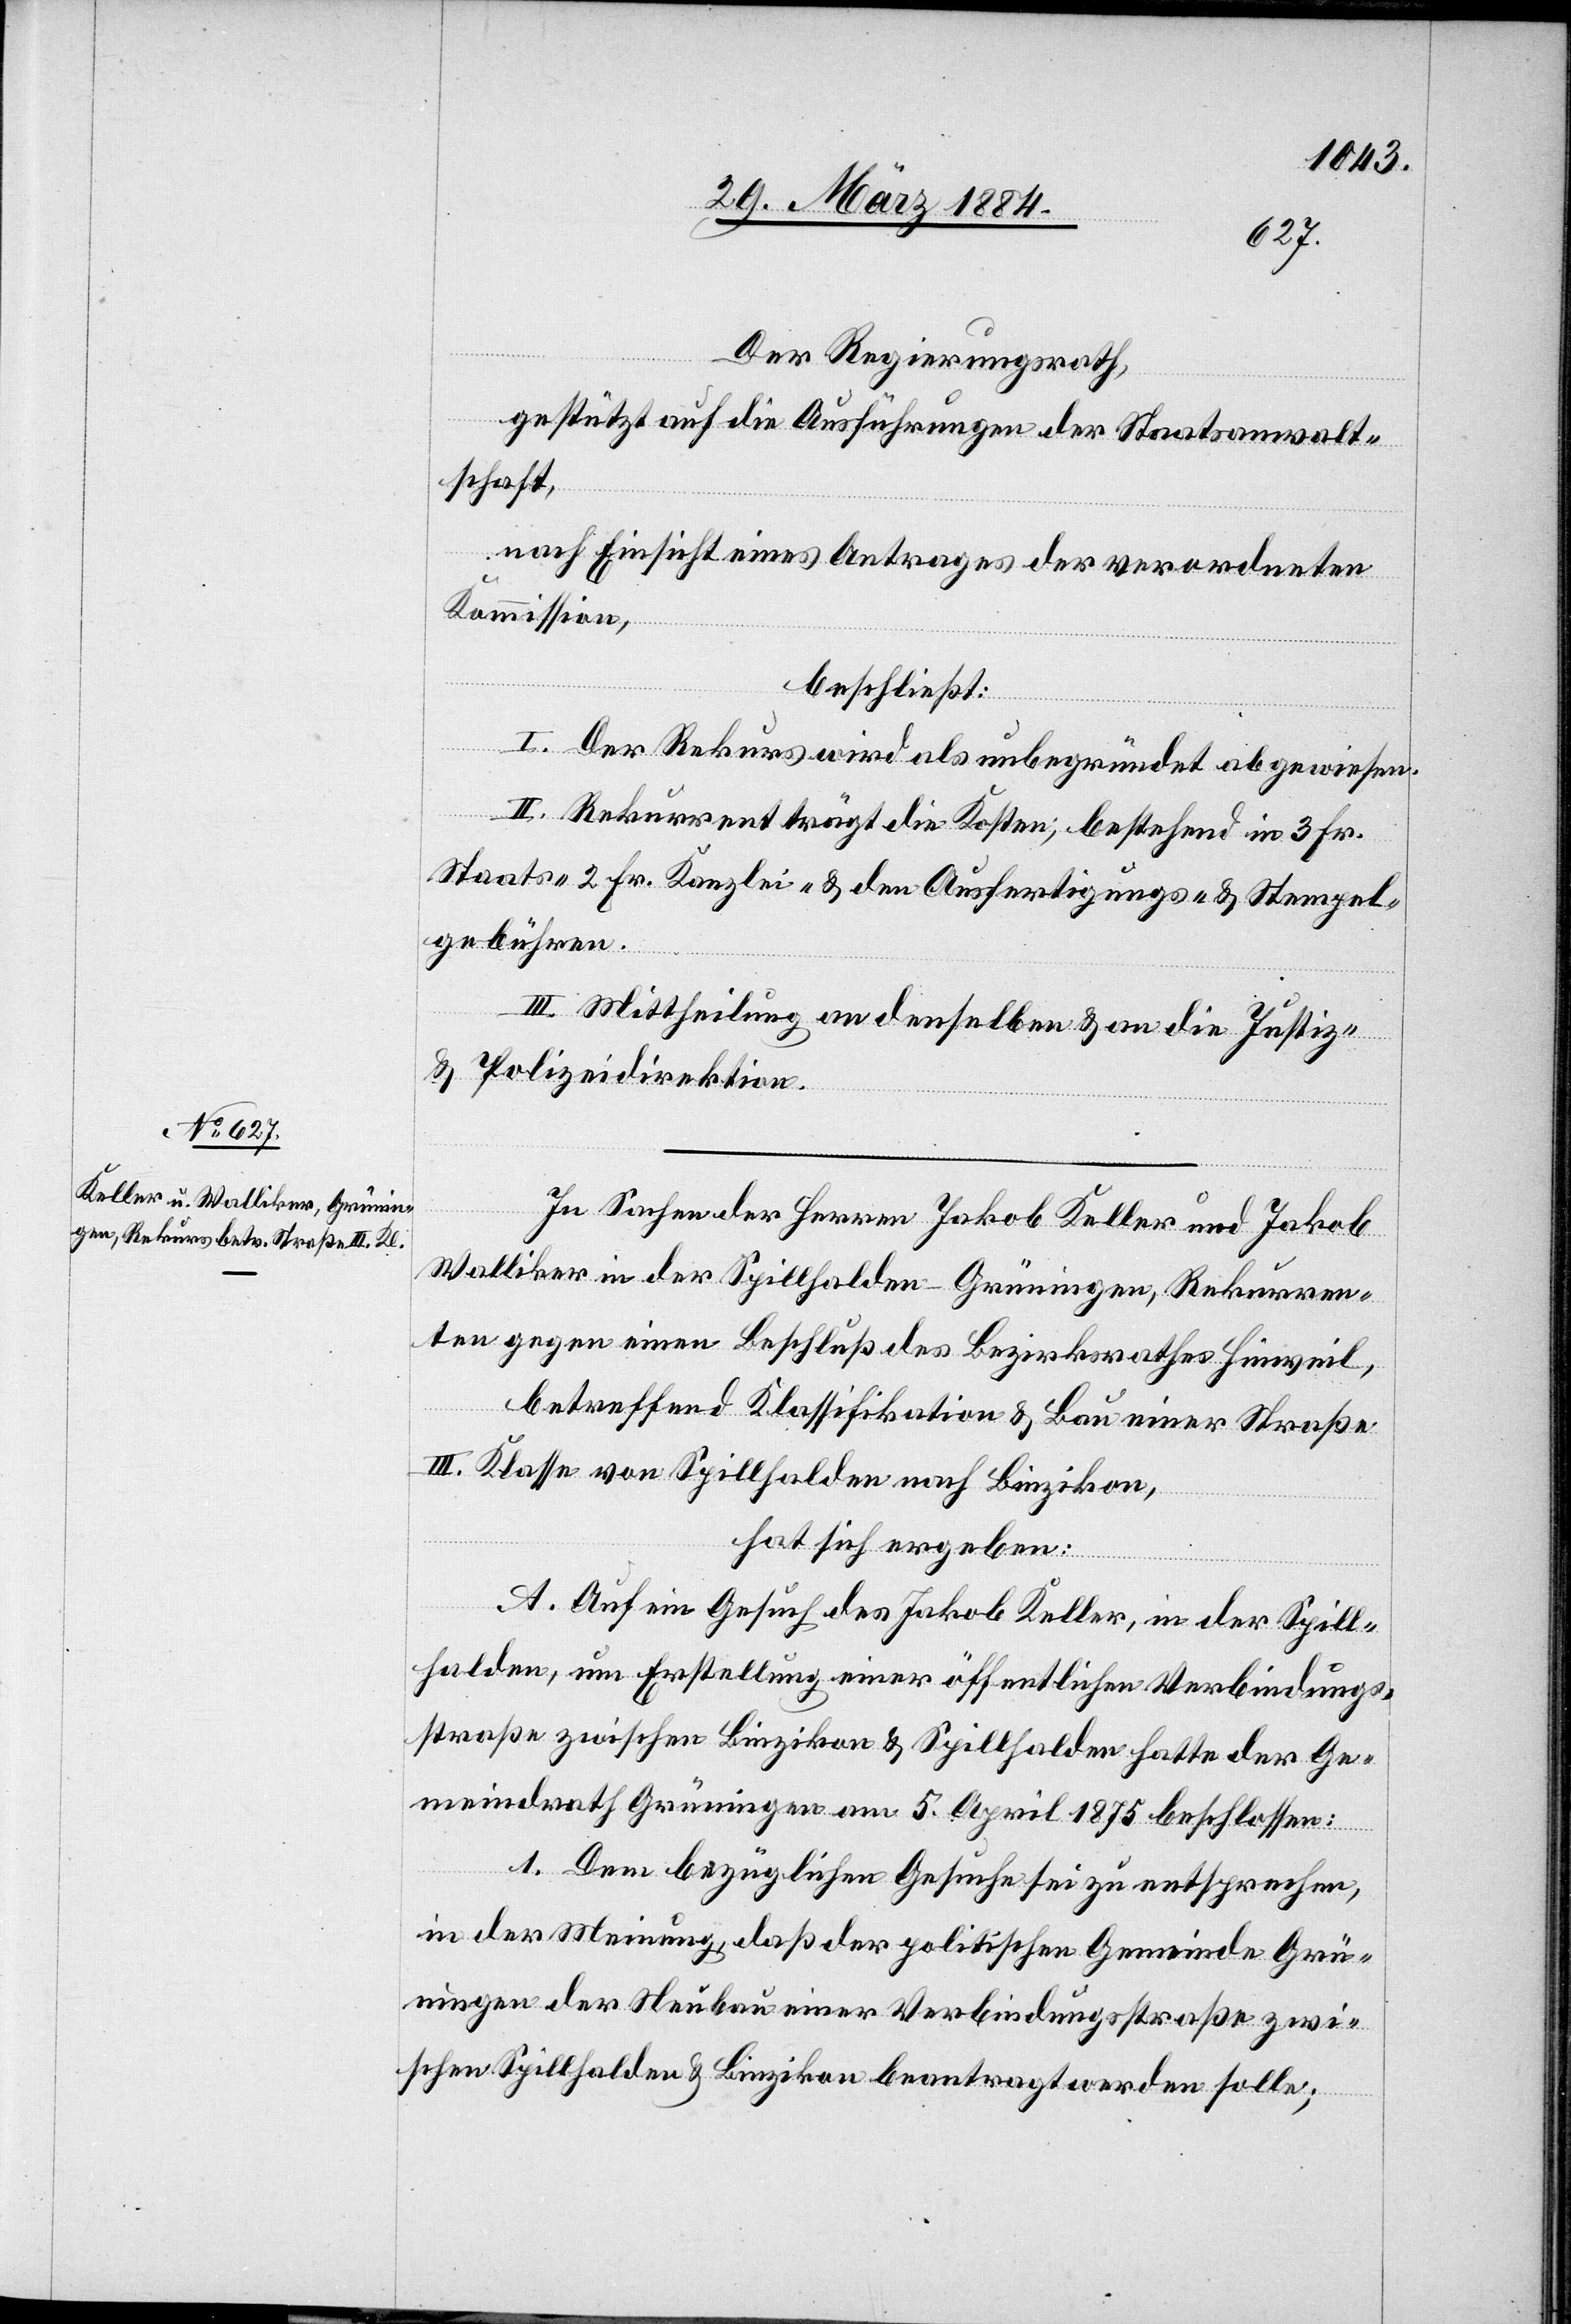
Der Regierungsrath,
gestützt auf die Ausführung der Staatsanwalt¬
schaft,
nach Einsicht eines Antrages der verordneten
Kommission,
beschließt:
I. Der Rekurs wird als unbegründet abgewiesen.
II. Rekurrent trägt die Kosten, bestehend in 3 Fr.
Staats-, 2 Fr. Kanzlei- & den Ausfertigungs- & Stempel¬
gebühren.
III. Mittheilung an denselben & an die Justiz-
& Polizeidirektion.
In Sachen der Herren Jakob Keller und Jakob
Walliker in der Spillhalden - Grüningen, Rekurren¬
ten gegen einen Beschluß des Bezirksrathes Hinweil,
betreffend Klassifikation & Bau einer Straße
III. Klasse von Spillhalden nach Binzikon,
hat sich ergeben:
A. Auf ein Gesuch des Jakob Keller, in der Spill¬
halden, um Erstellung einer öffentlichen Verbindungs¬
straße zwischen Binzikon & Spillhalden hatte der Ge¬
meindrath Grüningen am 5. April 1875 beschlossen:
1. Dem bezüglichen Gesuche sei zu entsprechen,
in der Meinung, daß der politischen Gemeinde Grü¬
ningen der Neubau einer Verbindungsstraße zwi¬
schen Spillhalden & Binzikon beantragt werden solle;